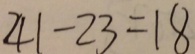
4 1 - 2 3 = 1 8